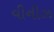
વીનીઝ